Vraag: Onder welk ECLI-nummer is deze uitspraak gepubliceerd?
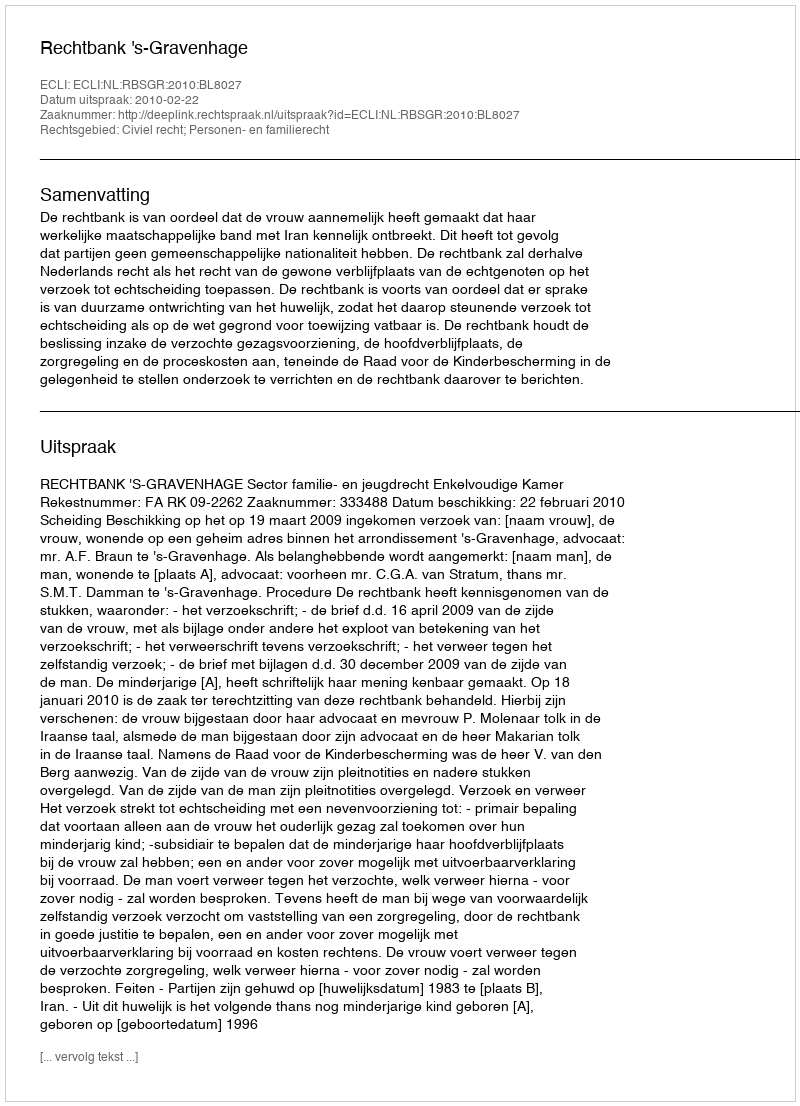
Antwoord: ECLI:NL:RBSGR:2010:BL8027